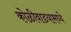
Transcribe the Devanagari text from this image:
कोळीवाडयामध्ये